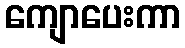
ကျောပေးကာ